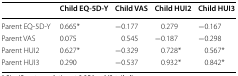
|  | Child EQ-5D-Y | Child VAS | Child HUI2 | Child HUI3 |
 | --- | --- | --- | --- | --- |
 | Parent EQ-5D-Y | 0.665* | −0.177 | 0.279 | −0.167 |
 | Parent VAS | 0.075 | 0.545 | −0.187 | −0.298 |
 | Parent HUI2 | 0.627* | −0.329 | 0.728* | 0.567* |
 | Parent HUI3 | 0.290 | −0.537 | 0.932* | 0.842* |